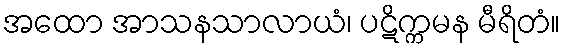
အထော အာသနသာလာယံ၊ ပဋိက္ကမန မီရိတံ။